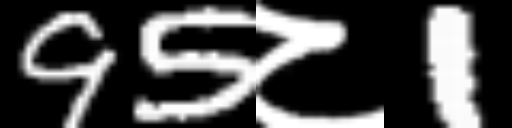
Text: 95८1